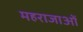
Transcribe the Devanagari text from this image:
महराजाओं